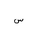
Letter: _sin